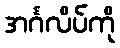
အင်္ဂလိပ်ကို